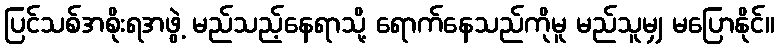
ပြင်သစ်အစိုးရအဖွဲ့ မည်သည့်နေရာသို့ ရောက်နေသည်ကိုမူ မည်သူမျှ မပြောနိုင်။